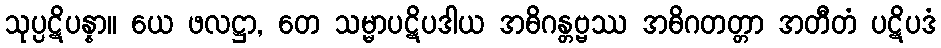
သုပ္ပဋိပန္နာ။ ယေ ဖလဋ္ဌာ, တေ သမ္မာပဋိပဒါယ အဓိဂန္တဗ္ဗဿ အဓိဂတတ္တာ အတီတံ ပဋိပဒံ